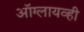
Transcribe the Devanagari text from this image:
ऑग्लायव्ही